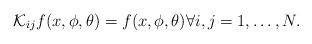
LaTeX: \begin{align*}\mathcal{K}_{ij}f(x,\phi,\theta) =f(x,\phi,\theta)\forall i,j=1, \dots, N.\end{align*}